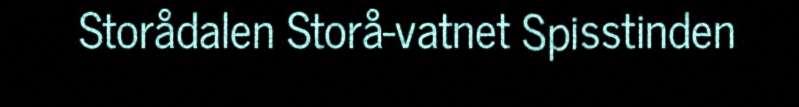
Storådalen Storå-vatnet Spisstinden